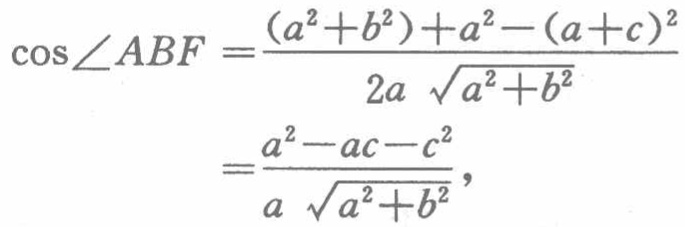
\[\begin{align*}

\cos\angle ABF&=\frac{(a^{2}+b^{2}) + a^{2}-(a + c)^{2}}{2a\sqrt{a^{2}+b^{2}}}\\

&=\frac{a^{2}-ac - c^{2}}{a\sqrt{a^{2}+b^{2}}},

\end{align*}\]